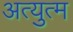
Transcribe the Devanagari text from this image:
अत्युत्म